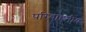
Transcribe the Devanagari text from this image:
परिवाहनीय